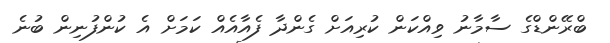
ބްރޭންޑްގެ ސާމާނު ވިއްކަން ކުރިއަށް ގެންދާ ފެއާއެއް ކަމަށް އެ ކުންފުނިން ބުނެ